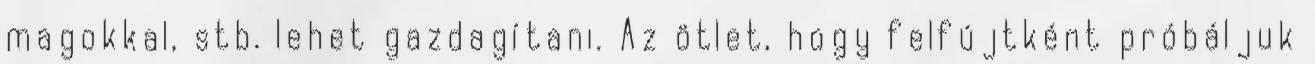
magokkal, stb. lehet gazdagítani. Az ötlet, hogy felfújtként próbáljuk